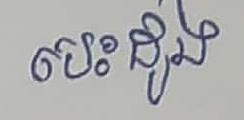
បេះដូង